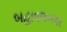
બહાવલનગર